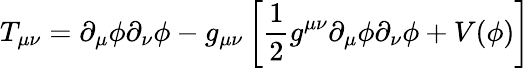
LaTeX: T_{\mu\nu}=\partial_{\mu}\phi\partial_{\nu}\phi-g_{\mu\nu}\left[{\frac{1}{2}}g^{\mu\nu}\partial_{\mu}\phi\partial_{\nu}\phi+V(\phi)\right]